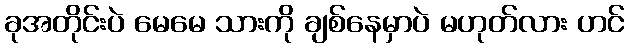
ခုအတိုင်းပဲ မေမေ သားကို ချစ်နေမှာပဲ မဟုတ်လား ဟင်